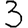
Digit: 3